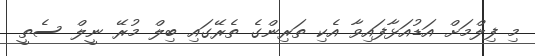
މި ފިލްމަށް އަޑުއަޅާފައިވާ އެކި ތަރިންގެ ތެރޭގައި ބިލް މުރޭ ނީލް ސެތީ